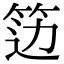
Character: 笾